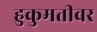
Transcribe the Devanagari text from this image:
हुकुमतीवर